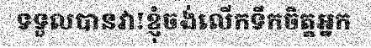
ទទួលបានវា!ខ្ញុំចង់លើកទឹកចិត្តអ្នក